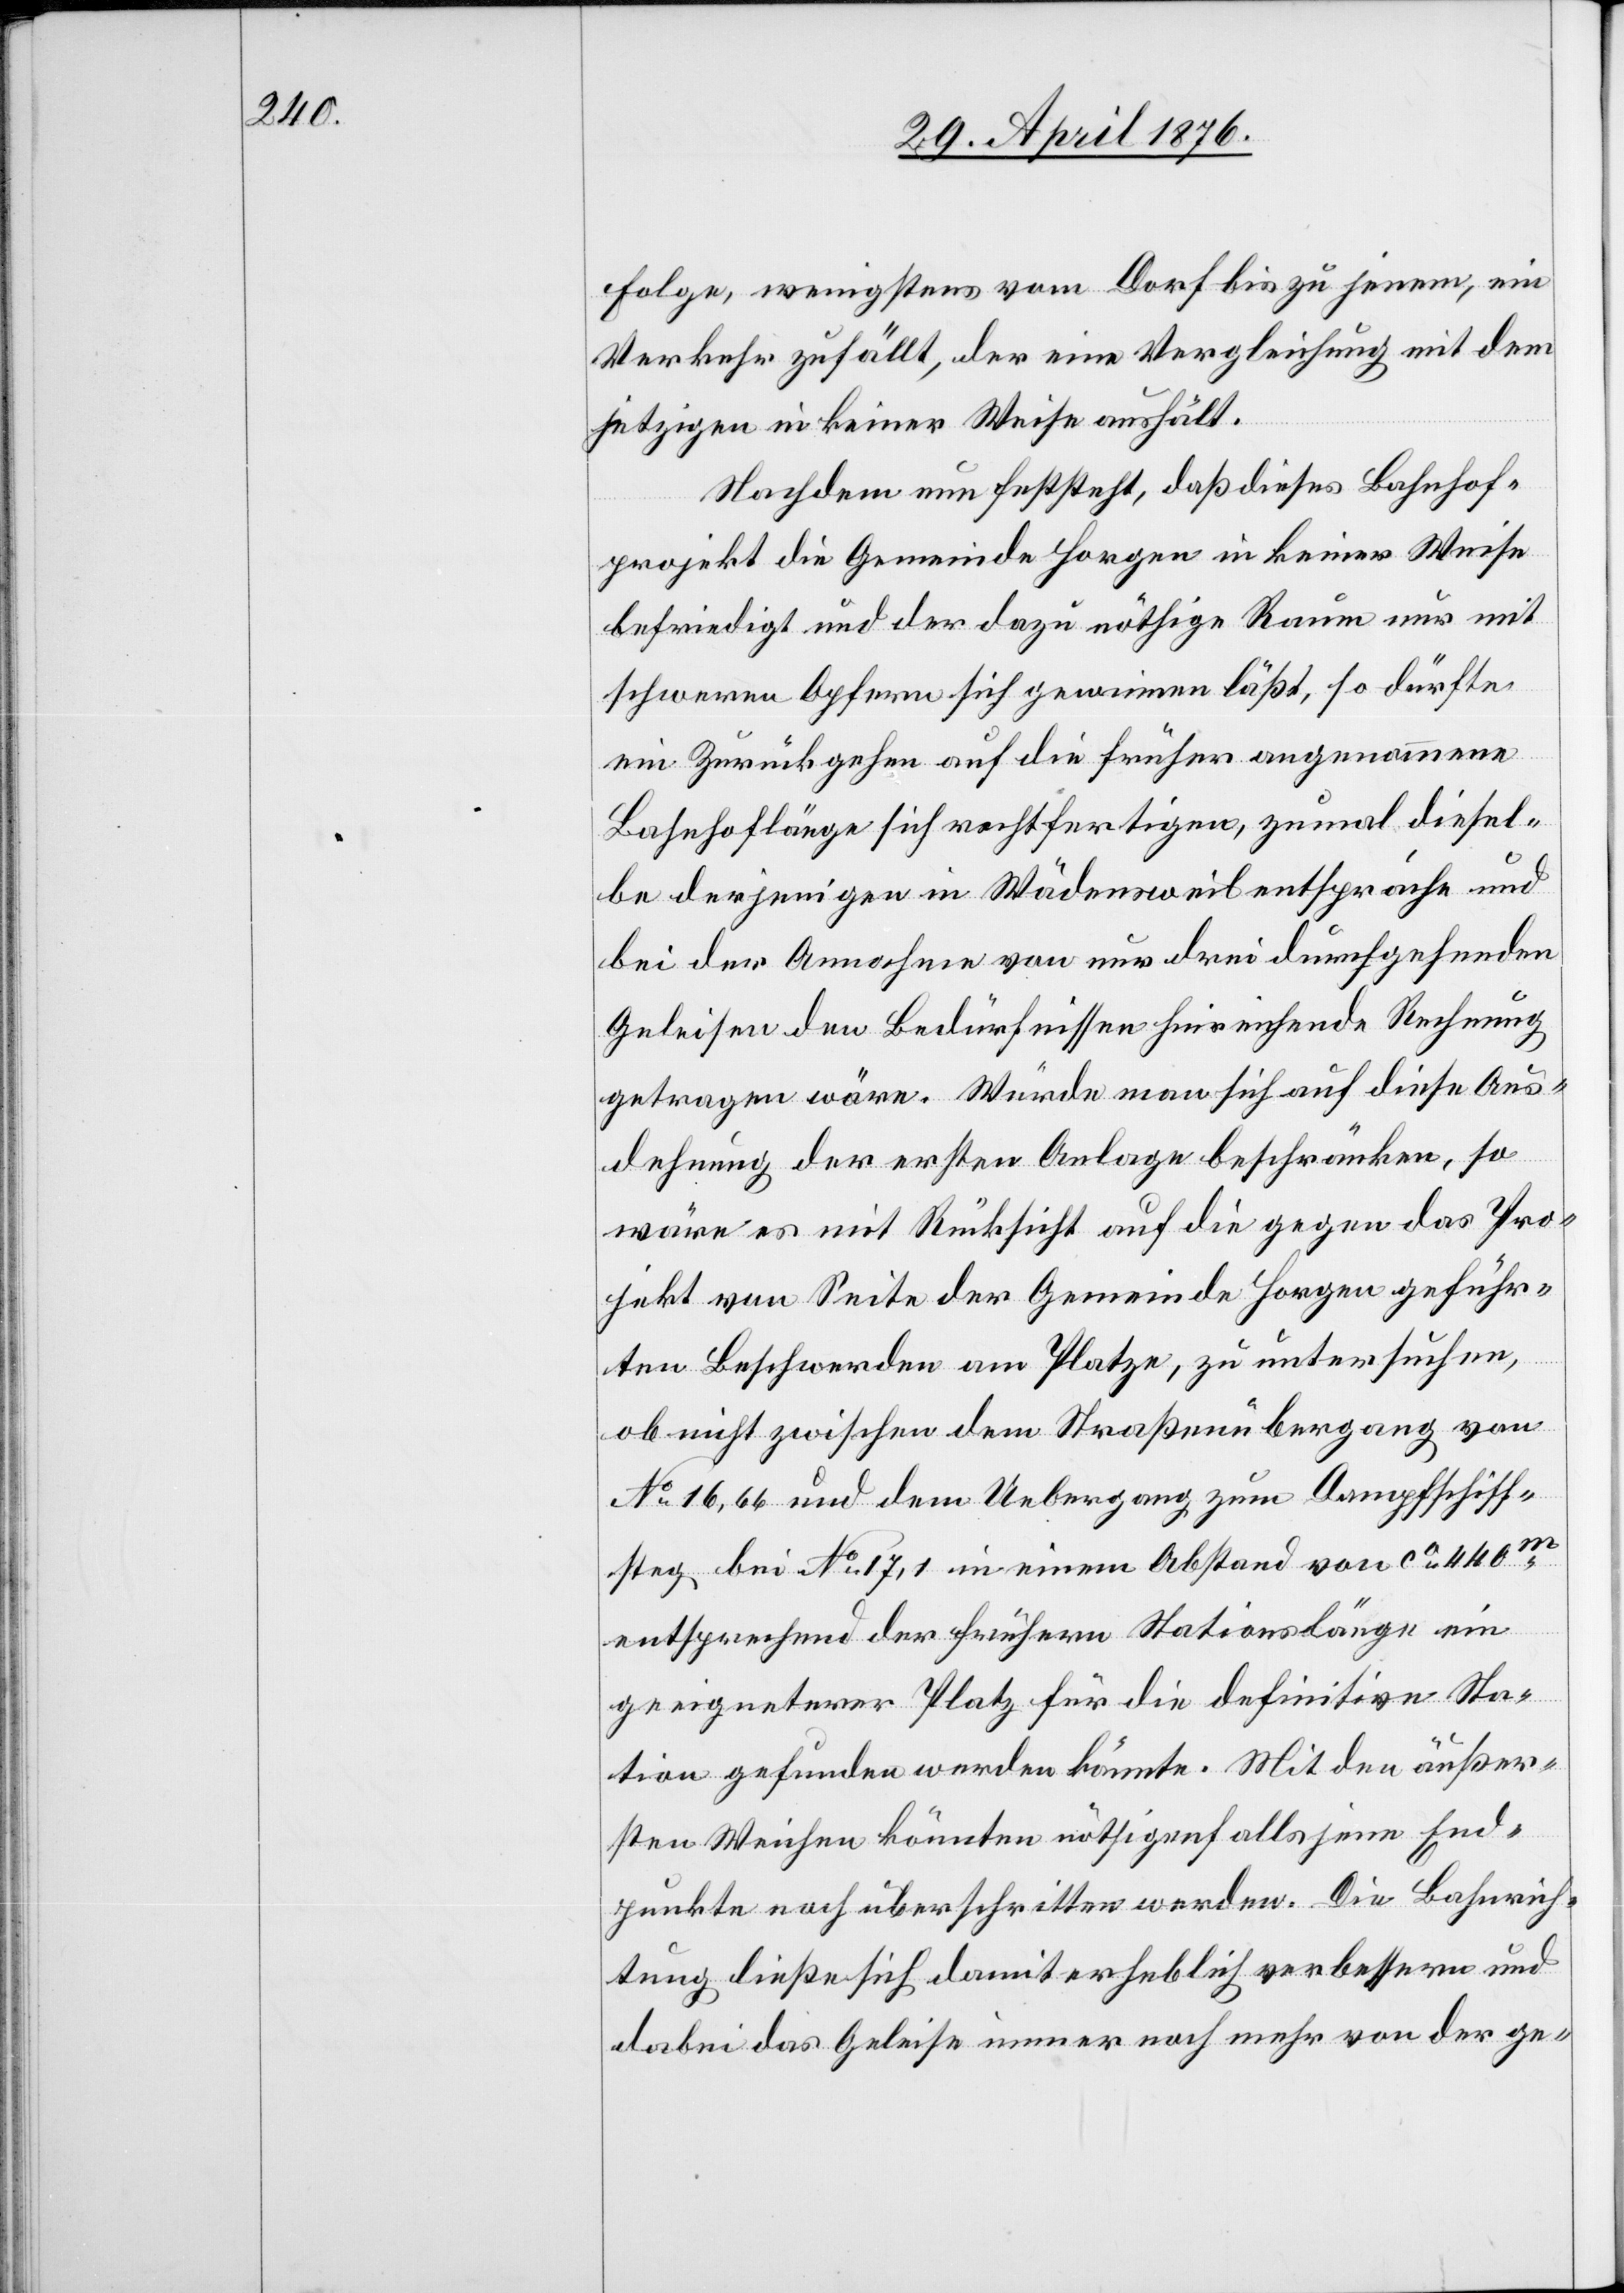
Folge wenigstens vom Dorf bis zu jenem, ein
Verkehr zufällt, der eine Vergleichung mit dem
jetzigen in keiner Weise aushält.
Nachdem feststeht, daß dieses Bahnhof¬
projekt die Gemeinde Horgen in keiner Weise
befriedigt und der dazu nöthige Raum nur mit
schweren Opfern sich gewinnen läßt, so dürfte
ein Zurückgehen auf die früher angenommene
Bahnhoflänge sich rechtfertigen, zumal diesel¬
be derjenigen in Wädensweil entspreche und
bei der Annahme von nur drei durchgehenden
Geleisen den Bedürfnissen hinreichende Rechnung
getragen wäre. Würde man sich auf diese Aus¬
dehnung der ersten Anlage beschränken, so
wäre es mit Rücksicht auf die gegen das Pro¬
jekt von Seite der Gemeinde Horgen geführ¬
ten Beschwerden am Platze, zu untersuchen,
ob nicht zwischen dem Straßenübergang von
No 16,66 und dem Uebergang zum Dampfschiff¬
steg bei No 17,1 in einem Abstand von ca 440m
entsprechend der frühern Stationslänge ein
geeigneter Platz für die definitive Sta¬
tion gefunden werden könnte. Mit den äußer¬
sten Weichen könnten nöthigenfalls jene End¬
punkte noch überschritten werden. Die Bahnrich¬
tung ließe sich damit erheblich verbessern und
dabei das Geleise immer noch mehr von der ge-